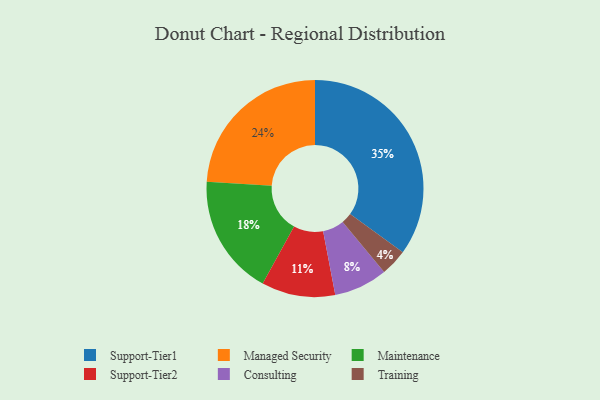
{"axis": {"x": "Category", "y": "Percentage"}, "legend": ["Consulting", "Maintenance", "Managed Security", "Support-Tier1", "Support-Tier2", "Training"], "data": [{"x": "Support-Tier1", "y": 35, "type": "Support-Tier1"}, {"x": "Consulting", "y": 8, "type": "Consulting"}, {"x": "Managed Security", "y": 24, "type": "Managed Security"}, {"x": "Training", "y": 4, "type": "Training"}, {"x": "Maintenance", "y": 18, "type": "Maintenance"}, {"x": "Support-Tier2", "y": 11, "type": "Support-Tier2"}]}